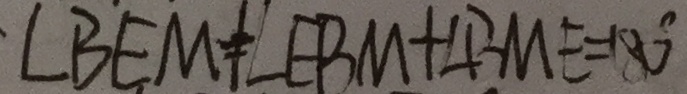
\angle B E M + \angle E B M + \angle B M E = 1 8 0 ^ { \circ }